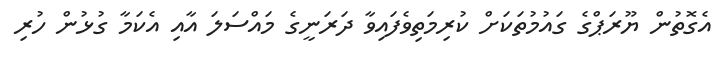
އެގޮތުން ޔޫރަޕްގެ ގައުމުތަކަށް ކުރިމަތިވެފައިވާ ދަރަނީގެ މައްސަލަ އާއި އެކަމާ ގުޅުން ހުރި